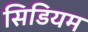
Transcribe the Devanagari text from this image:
सिडियम